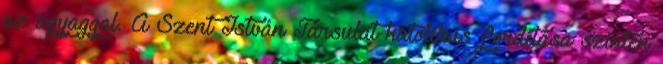
az agyaggal. A Szent István Társulat katolikus fordítása szintén